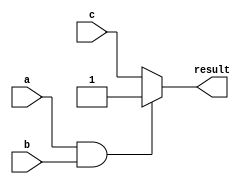
module assign_behavioral (
    input a,
    input b,
    input c,
    output reg result
);

always @* begin
    if (a & b) begin
        result = 1;
    end
    else begin
        result = c;
    end
end

endmodule